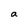
Character: a